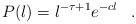
LaTeX: \begin{align*}P(l)=l^{-\tau+1}e^{-cl}\,\,\,\,\,.\,\,\,\,\,\end{align*}